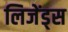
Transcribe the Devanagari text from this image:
लिजेंड्स